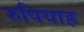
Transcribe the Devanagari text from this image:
रुपियाह